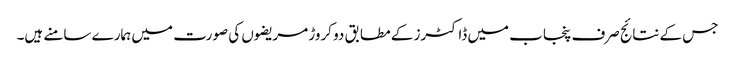
جس کے نتائج صرف پنجاب میں ڈاکٹرز کے مطابق دو کروڑ مریضوں کی صورت میں ہمارے سامنے ہیں۔